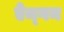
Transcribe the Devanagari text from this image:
ऐम्गन